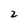
Character: 2